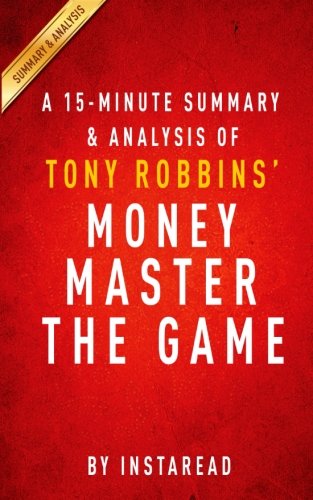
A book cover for A 15-minute Summary & Analysis of Tony Robbins' MONEY Master the Game: 7 Simple Steps to Financial Freedom; Instaread; Business & Money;